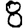
Digit: 8